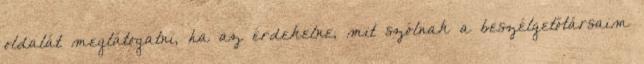
oldalát meglátogatni, ha az érdekelne, mit szólnak a beszélgetőtársaim